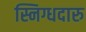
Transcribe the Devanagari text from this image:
स्निग्धदारु